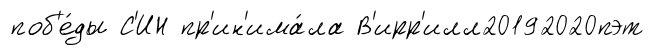
поб'е́ды С'ИН пр'ин'има́ла В'ирр'илл20192020пэт